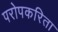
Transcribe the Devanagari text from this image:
परोपकरिता